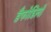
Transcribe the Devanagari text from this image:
डैफोडिलों